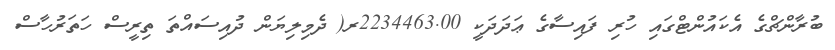
ބުރާންޗްގެ އެކައުންޓްގައި ހުރި ފައިސާގެ ޢަދަދަކީ 2234463.00ރ( ދެމިލިޔަން ދުއިސައްތަ ތިރީސް ހަތަރުހާސް